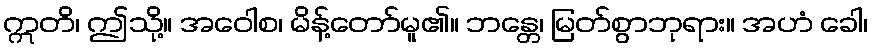
ဣတိ၊ ဤသို့။ အဝေါစ၊ မိန့်တော်မူ၏။ ဘန္တေ၊ မြတ်စွာဘုရား။ အဟံ ခေါ၊